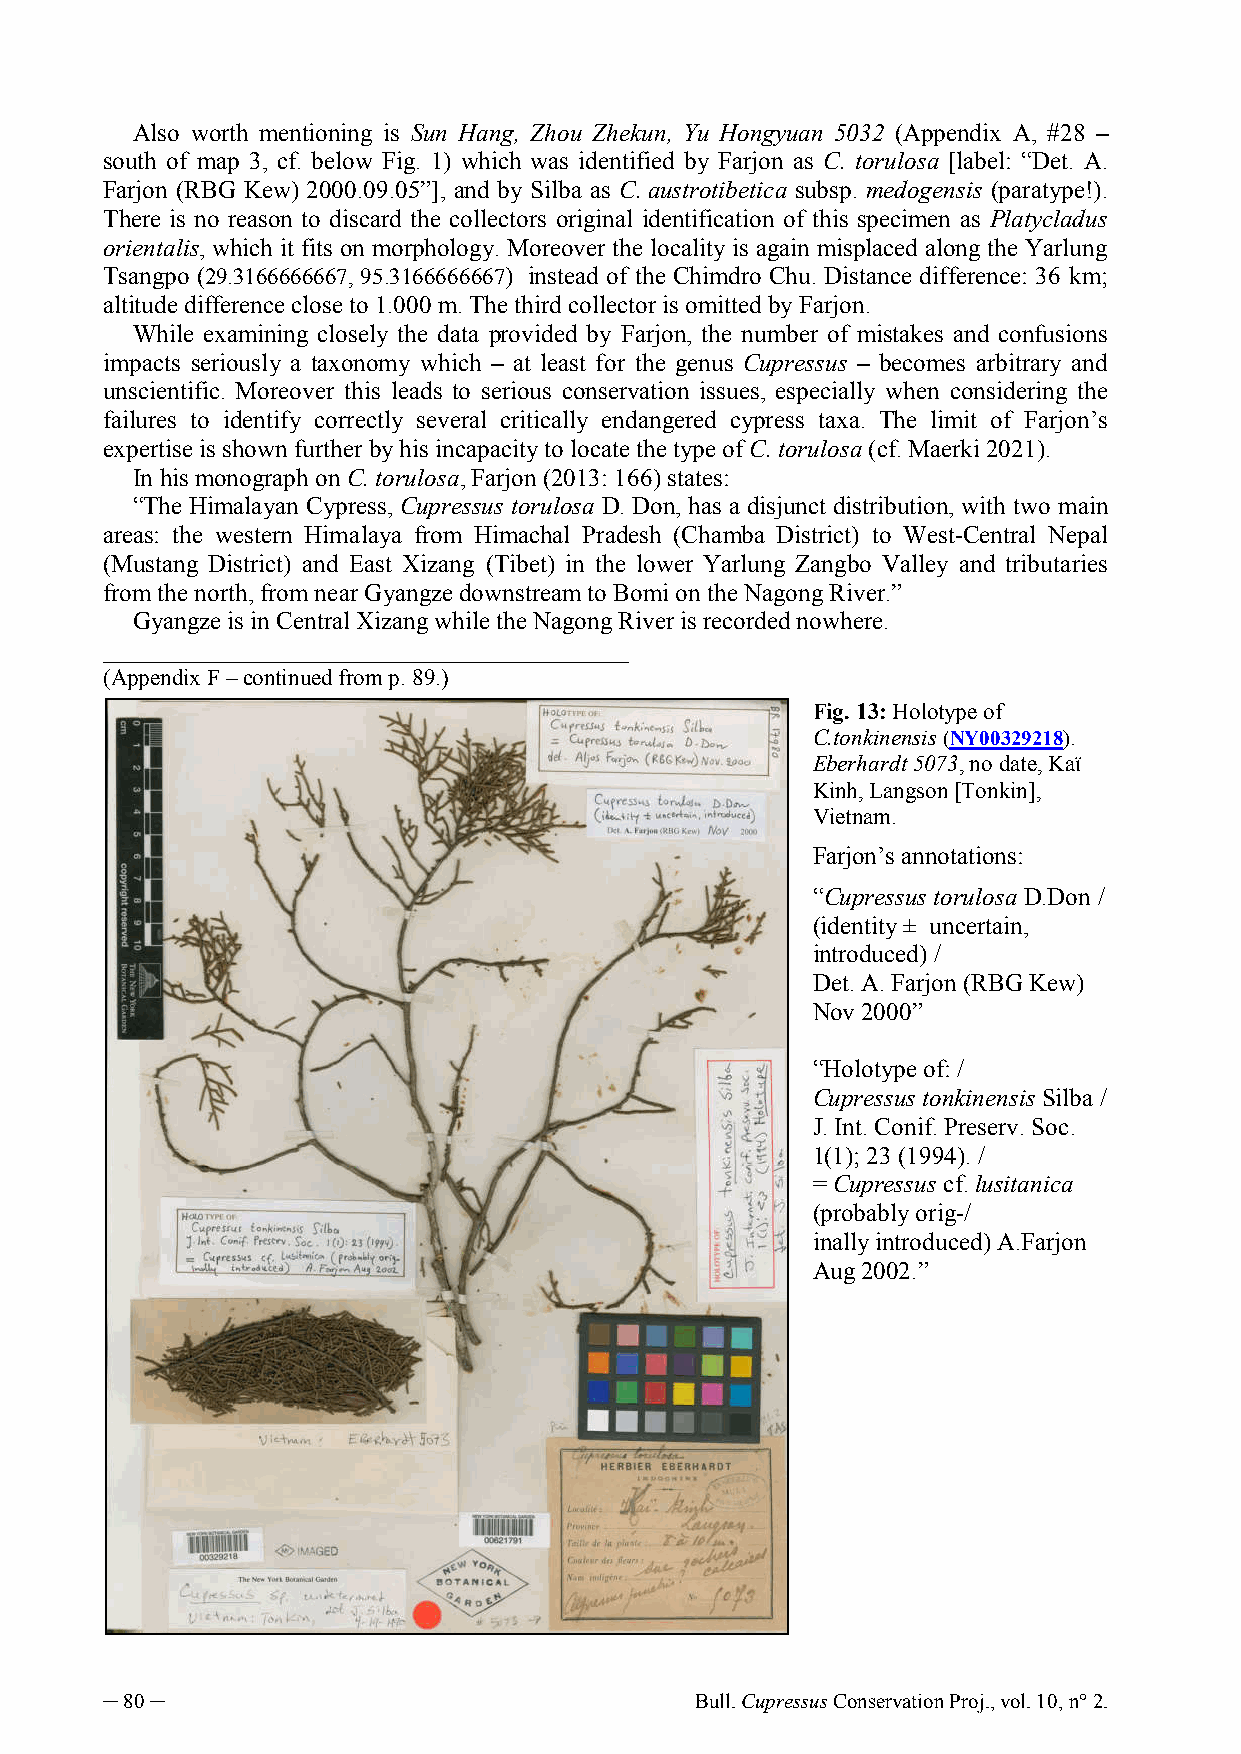
Also worth mentioning is Sun Hang, Zhou Zhekun, Yu Hongyuan 5032 (Appendix A, #28 –
 south of map 3, cf. below Fig. 1) which was identified by Farjon as C. torulosa [label: “Det. A.
 Farjon (RBG Kew) 2000.09.05”], and by Silba as C. austrotibetica subsp. medogensis (paratype!).
 There is no reason to discard the collectors original identification of this specimen as Platycladus
 orientalis, which it fits on morphology. Moreover the locality is again misplaced along the Yarlung
 Tsangpo (29.3166666667, 95.3166666667) instead of the Chimdro Chu. Distance difference: 36 km;
 altitude difference close to 1.000 m. The third collector is omitted by Farjon.
 While examining closely the data provided by Farjon, the number of mistakes and confusions
 impacts seriously a taxonomy which – at least for the genus Cupressus – becomes arbitrary and
 unscientific. Moreover this leads to serious conservation issues, especially when considering the
 failures to identify correctly several critically endangered cypress taxa. The limit of Farjon’s
 expertise is shown further by his incapacity to locate the type of C. torulosa (cf. Maerki 2021).
 In his monograph on C. torulosa, Farjon (2013: 166) states:
 “The Himalayan Cypress, Cupressus torulosa D. Don, has a disjunct distribution, with two main
 areas: the western Himalaya from Himachal Pradesh (Chamba District) to West-Central Nepal
 (Mustang District) and East Xizang (Tibet) in the lower Yarlung Zangbo Valley and tributaries
 from the north, from near Gyangze downstream to Bomi on the Nagong River.”
 Gyangze is in Central Xizang while the Nagong River is recorded nowhere.
 __________________________________________
 (Appendix F ‒ continued from p. 89.)
 Fig. 13: Holotype of
 C.tonkinensis (NY00329218).
 Eberhardt 5073, no date, Kaï
 Kinh, Langson [Tonkin],
 Vietnam.
 Farjon’s annotations:
 “Cupressus torulosa D.Don /
 (identity ± uncertain,
 introduced) /
 Det. A. Farjon (RBG Kew)
 Nov 2000”
 “Holotype of: /
 Cupressus tonkinensis Silba /
 J. Int. Conif. Preserv. Soc.
 1(1); 23 (1994). /
 = Cupressus cf. lusitanica
 (probably orig-/
 inally introduced) A.Farjon
 Aug 2002.”
 ─ 80 ─                                 Bull. Cupressus Conservation Proj., vol. 10, n° 2.